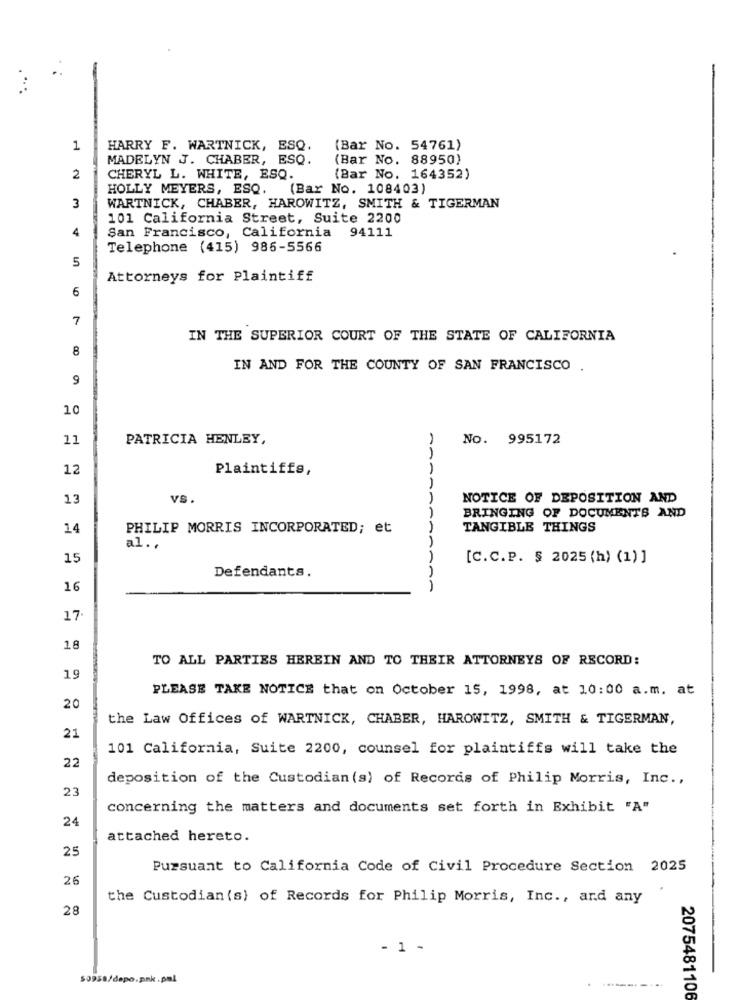
1
HARRY F. WARTNICK, ESQ.
(Bar No. 54761)
MADELYN J. CHABER, ESQ.
(Bar No. 88950)
2
CHERYL L. WHITE, ESQ.
(Bar No. 164352)
HOLLY MEYERS, ESQ.
(Bar No. 108403)
3
WARTNICK, CHABER, HAROWITZ, SMITH & TIGERMAN
101 California Street, Suite 2200
4
San Francisco, California
94111
Telephone (415) 986-5566
5
Attorneys for Plaintiff
6
7
IN THE SUPERIOR COURT OF THE STATE OF CALIFORNIA
8
IN AND FOR THE COUNTY OF SAN FRANCISCO .
9
10
11
PATRICIA HENLEY,
No. 995172
12
Plaintiffs,
13
VS.
NOTICE OF DEPOSITION AND
BRINGING OF DOCUMENTS AND
AAAA
14
PHILIP MORRIS INCORPORATED; et
TANGIBLE THINGS
al .,
15
[C.C.P. $ 2025 (h) (1) ]
Defendants,
16
17
18
TO ALL PARTIES HEREIN AND TO THEIR ATTORNEYS OF RECORD:
19
PLEASE TAKE NOTICE that on October 15, 1998, at 10:00 a.m. at
20
the Law Offices of WARTNICK, CHABER, HAROWITZ, SMITH & TIGERMAN,
21
101 California, Suite 2200, counsel for plaintiffs will take the
22
deposition of the Custodian (s) of Records of Philip Morris, Inc .,
23
concerning the matters and documents set forth in Exhibit "A"
24
attached hereto.
25
Pursuant to California Code of Civil Procedure Section 2025
26
the Custodian (s) of Records for Philip Morris, Inc ., and any
28
- 1 -
$0958/depo.pnk.pml
2075481106